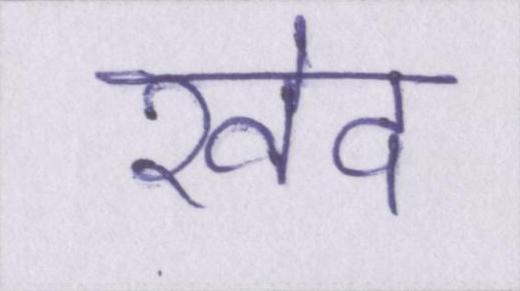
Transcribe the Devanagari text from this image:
खेद